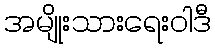
အမျိုးသားရေးဝါဒီ